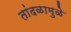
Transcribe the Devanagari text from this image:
तांदळामुळे